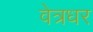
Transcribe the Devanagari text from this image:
वेत्रधर